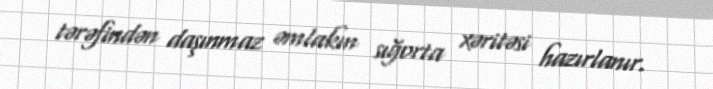
tərəfindən daşınmaz əmlakın sığorta xəritəsi hazırlanır.